Source: Handwritten
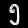
Digit: ၅ (5)